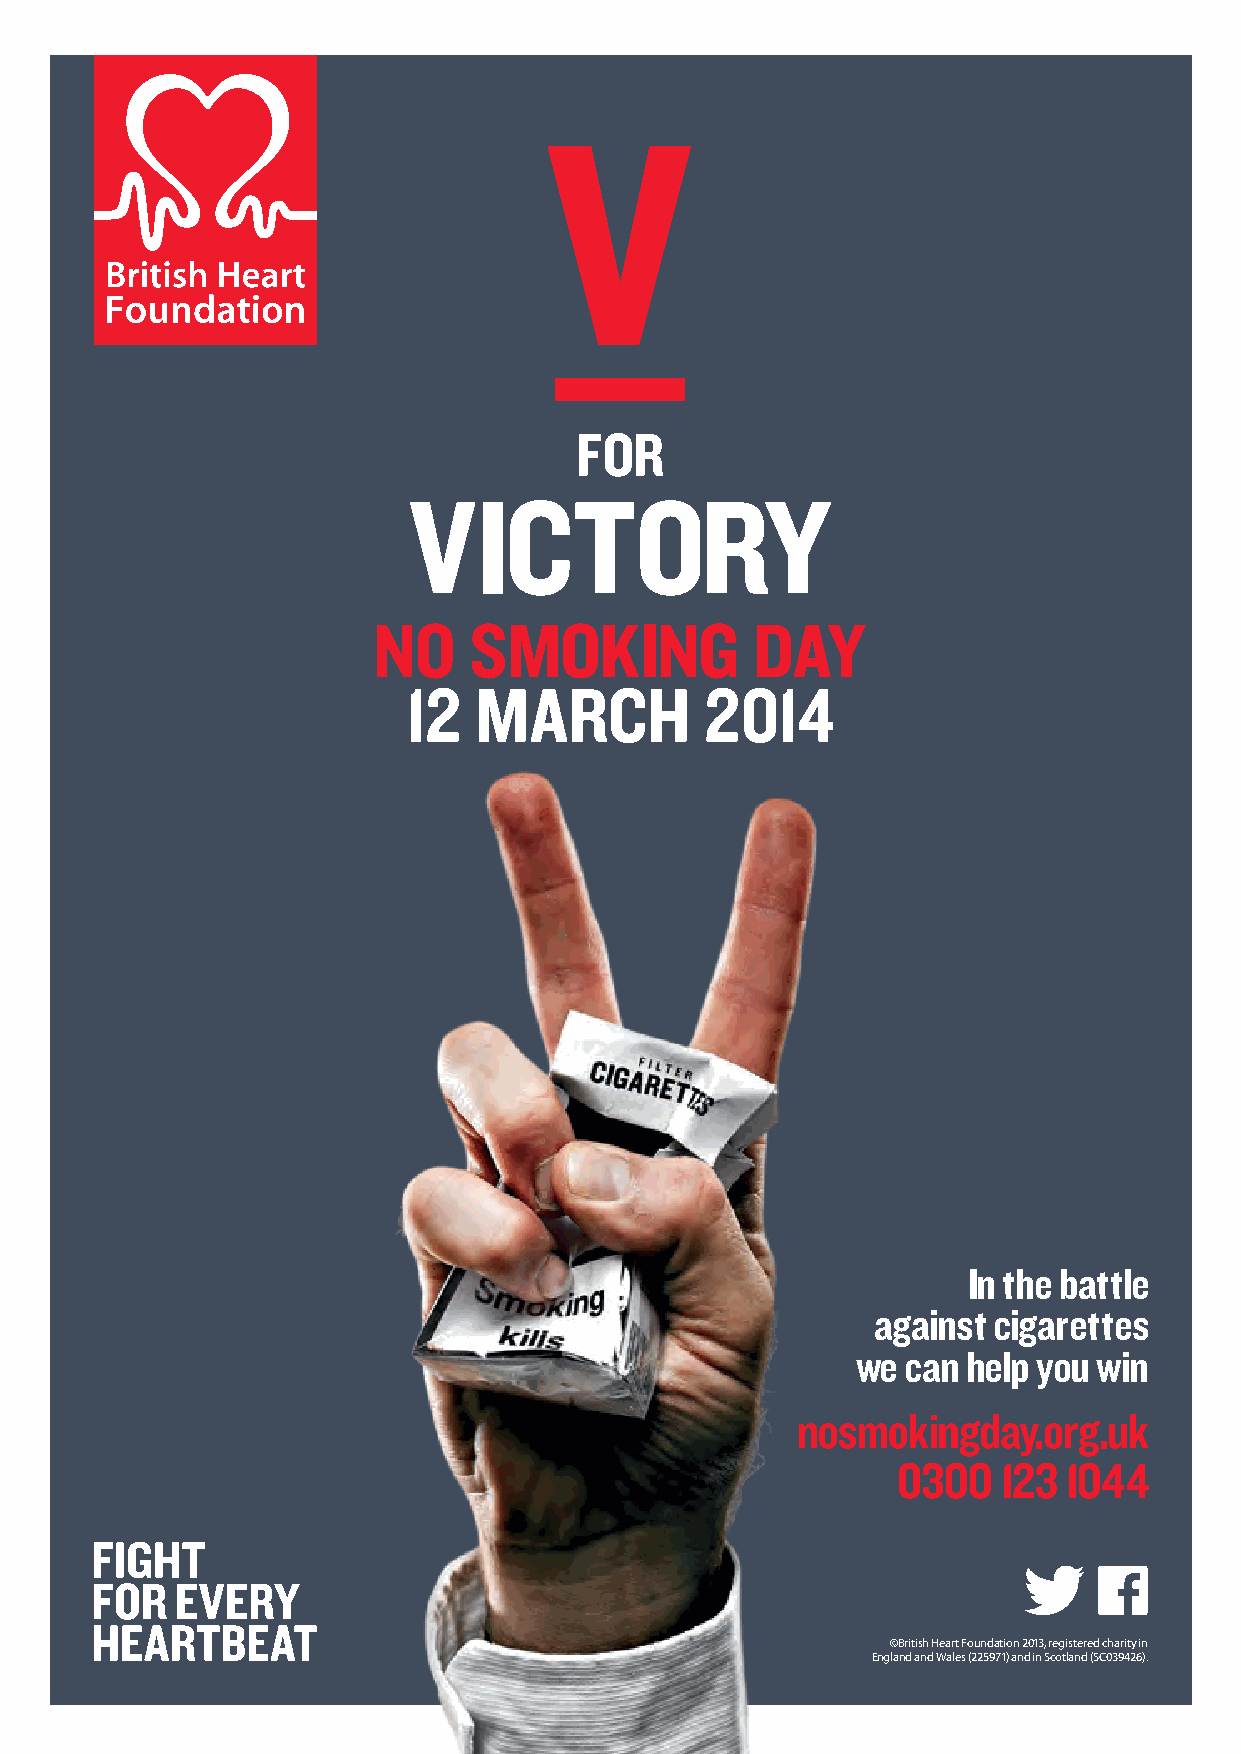
In the battle
 against cigarettes
 we can help you win
 nosmokingday.org.uk
 0300   123 1044
 ©British Heart Foundation 2013, registered charity in
 England and Wales (225971) and in Scotland (SC039426).